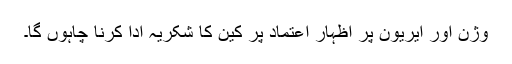
وژن اور ایریون پر اظہار اعتماد پر کین کا شکریہ ادا کرنا چاہوں گا۔